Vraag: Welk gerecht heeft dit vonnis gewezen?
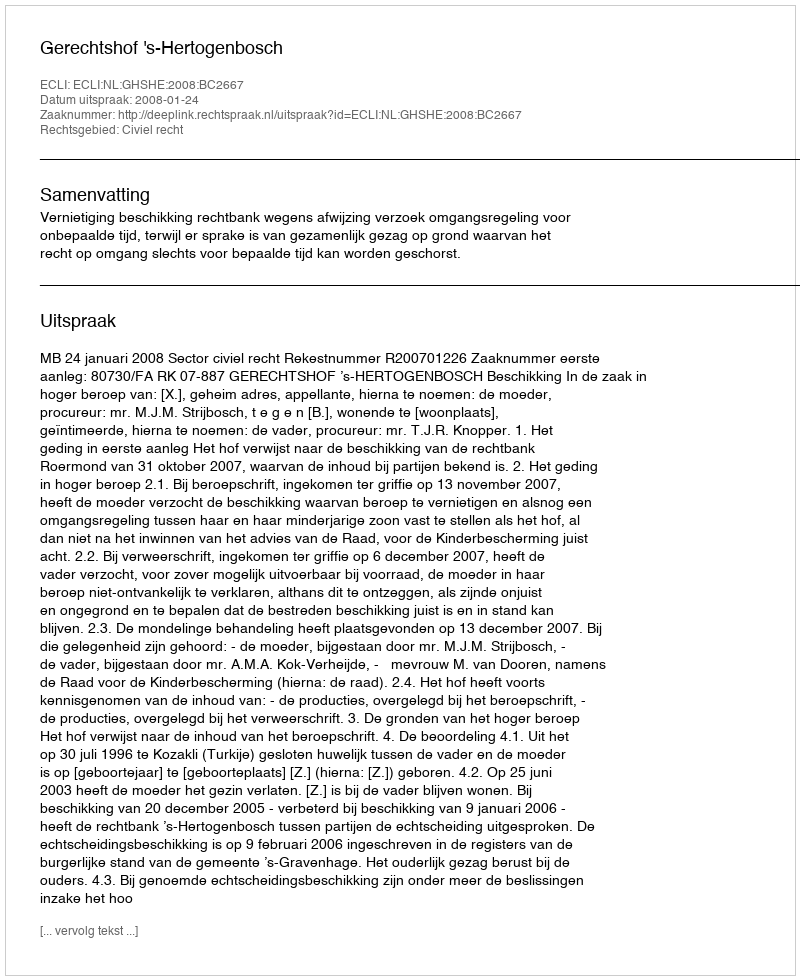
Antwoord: Gerechtshof 's-Hertogenbosch